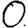
Digit: 0